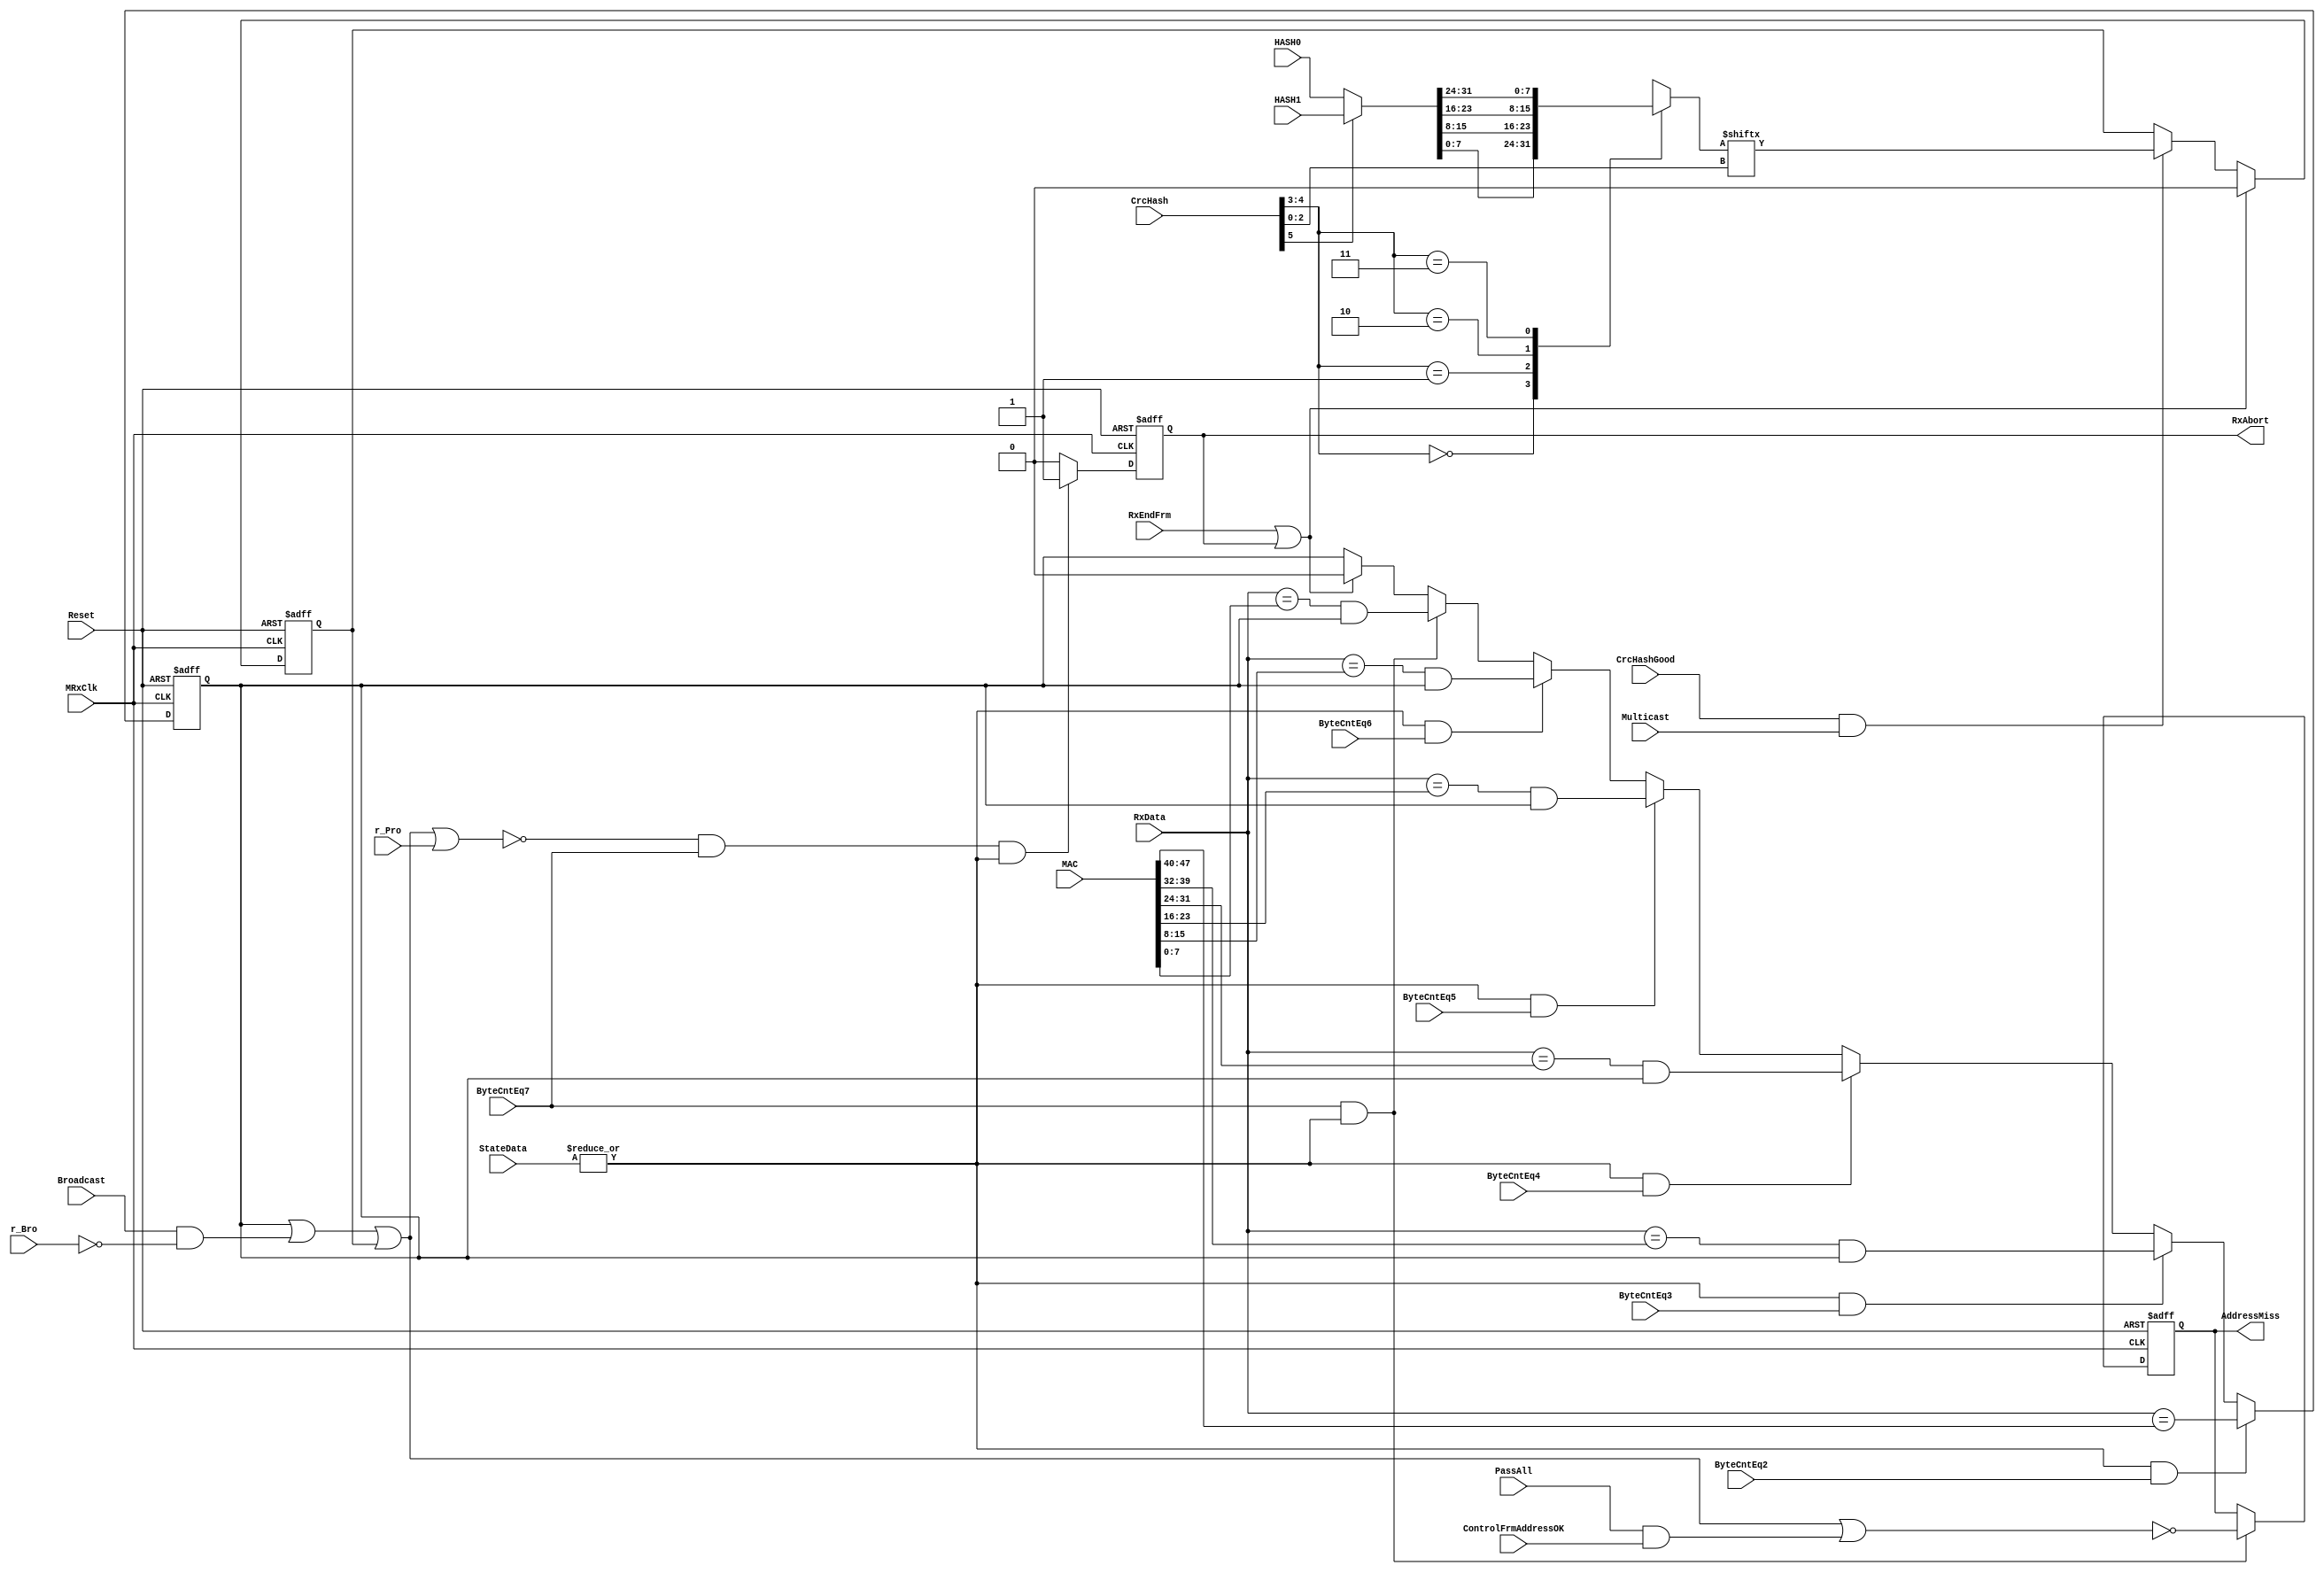
//////////////////////////////////////////////////////////////////////
////                                                              ////
////  eth_rxaddrcheck.v                                           ////
////                                                              ////
////  This file is part of the Ethernet IP core project           ////
////  http://www.opencores.org/cores/ethmac/                      ////
////                                                              ////
////  Author(s):                                                  ////
////      - Bill Dittenhofer (billditt@aol.com)                   ////
////                                                              ////
////  All additional information is avaliable in the Readme.txt   ////
////  file.                                                       ////
////                                                              ////
//////////////////////////////////////////////////////////////////////
////                                                              ////
//// Copyright (C) 2001 Authors                                   ////
////                                                              ////
//// This source file may be used and distributed without         ////
//// restriction provided that this copyright statement is not    ////
//// removed from the file and that any derivative work contains  ////
//// the original copyright notice and the associated disclaimer. ////
////                                                              ////
//// This source file is free software; you can redistribute it   ////
//// and/or modify it under the terms of the GNU Lesser General   ////
//// Public License as published by the Free Software Foundation; ////
//// either version 2.1 of the License, or (at your option) any   ////
//// later version.                                               ////
////                                                              ////
//// This source is distributed in the hope that it will be       ////
//// useful, but WITHOUT ANY WARRANTY; without even the implied   ////
//// warranty of MERCHANTABILITY or FITNESS FOR A PARTICULAR      ////
//// PURPOSE.  See the GNU Lesser General Public License for more ////
//// details.                                                     ////
////                                                              ////
//// You should have received a copy of the GNU Lesser General    ////
//// Public License along with this source; if not, download it   ////
//// from http://www.opencores.org/lgpl.shtml                     ////
////                                                              ////
//////////////////////////////////////////////////////////////////////
//
// CVS Revision History
//
// $Log: eth_rxaddrcheck.v,v $
// Revision 1.9  2002/11/22 01:57:06  mohor
// Rx Flow control fixed. CF flag added to the RX buffer descriptor. RxAbort
// synchronized.
//
// Revision 1.8  2002/11/19 17:34:52  mohor
// AddressMiss status is connecting to the Rx BD. AddressMiss is identifying
// that a frame was received because of the promiscous mode.
//
// Revision 1.7  2002/09/04 18:41:06  mohor
// Bug when last byte of destination address was not checked fixed.
//
// Revision 1.6  2002/03/20 15:14:11  mohor
// When in promiscous mode some frames were not received correctly. Fixed.
//
// Revision 1.5  2002/03/02 21:06:32  mohor
// Log info was missing.
//
//
// Revision 1.1  2002/02/08 12:51:54  ditt
// Initial release of the ethernet addresscheck module.
//
//
//
//
//




module eth_rxaddrcheck(MRxClk,  Reset, RxData, Broadcast ,r_Bro ,r_Pro,
                       ByteCntEq2, ByteCntEq3, ByteCntEq4, ByteCntEq5,
                       ByteCntEq6, ByteCntEq7, HASH0, HASH1, 
                       CrcHash,    CrcHashGood, StateData, RxEndFrm,
                       Multicast, MAC, RxAbort, AddressMiss, PassAll,
                       ControlFrmAddressOK
                      );

parameter Tp = 1;

  input        MRxClk; 
  input        Reset; 
  input [7:0]  RxData; 
  input        Broadcast; 
  input        r_Bro; 
  input        r_Pro; 
  input        ByteCntEq2;
  input        ByteCntEq3;
  input        ByteCntEq4;
  input        ByteCntEq5;
  input        ByteCntEq6;
  input        ByteCntEq7;
  input [31:0] HASH0; 
  input [31:0] HASH1; 
  input [5:0]  CrcHash; 
  input        CrcHashGood; 
  input        Multicast; 
  input [47:0] MAC;
  input [1:0]  StateData;
  input        RxEndFrm;
  input        PassAll;
  input        ControlFrmAddressOK;
  
  output       RxAbort;
  output       AddressMiss;

 wire BroadcastOK;
 wire ByteCntEq2;
 wire ByteCntEq3;
 wire ByteCntEq4; 
 wire ByteCntEq5;
 wire RxAddressInvalid;
 wire RxCheckEn;
 wire HashBit;
 wire [31:0] IntHash;
 reg [7:0]  ByteHash;
 reg MulticastOK;
 reg UnicastOK;
 reg RxAbort;
 reg AddressMiss;
 
assign RxAddressInvalid = ~(UnicastOK | BroadcastOK | MulticastOK | r_Pro);
 
assign BroadcastOK = Broadcast & ~r_Bro;
 
assign RxCheckEn   = | StateData;
 
 // Address Error Reported at end of address cycle
 // RxAbort clears after one cycle
 
always @ (posedge MRxClk or posedge Reset)
begin
  if(Reset)
    RxAbort <= #Tp 1'b0;
  else if(RxAddressInvalid & ByteCntEq7 & RxCheckEn)
    RxAbort <= #Tp 1'b1;
  else
    RxAbort <= #Tp 1'b0;
end
 

// This ff holds the "Address Miss" information that is written to the RX BD status.
always @ (posedge MRxClk or posedge Reset)
begin
  if(Reset)
    AddressMiss <= #Tp 1'b0;
  else if(ByteCntEq7 & RxCheckEn)
    AddressMiss <= #Tp (~(UnicastOK | BroadcastOK | MulticastOK | (PassAll & ControlFrmAddressOK)));
end


// Hash Address Check, Multicast
always @ (posedge MRxClk or posedge Reset)
begin
  if(Reset)
    MulticastOK <= #Tp 1'b0;
  else if(RxEndFrm | RxAbort)
    MulticastOK <= #Tp 1'b0;
  else if(CrcHashGood & Multicast)
    MulticastOK <= #Tp HashBit;
end
 
 
// Address Detection (unicast)
// start with ByteCntEq2 due to delay of addres from RxData
always @ (posedge MRxClk or posedge Reset)
begin
  if(Reset)
    UnicastOK <= #Tp 1'b0;
  else
  if(RxCheckEn & ByteCntEq2)
    UnicastOK <= #Tp   RxData[7:0] == MAC[47:40];
  else
  if(RxCheckEn & ByteCntEq3)
    UnicastOK <= #Tp ( RxData[7:0] == MAC[39:32]) & UnicastOK;
  else
  if(RxCheckEn & ByteCntEq4)
    UnicastOK <= #Tp ( RxData[7:0] == MAC[31:24]) & UnicastOK;
  else
  if(RxCheckEn & ByteCntEq5)
    UnicastOK <= #Tp ( RxData[7:0] == MAC[23:16]) & UnicastOK;
  else
  if(RxCheckEn & ByteCntEq6)
    UnicastOK <= #Tp ( RxData[7:0] == MAC[15:8])  & UnicastOK;
  else
  if(RxCheckEn & ByteCntEq7)
    UnicastOK <= #Tp ( RxData[7:0] == MAC[7:0])   & UnicastOK;
  else
  if(RxEndFrm | RxAbort)
    UnicastOK <= #Tp 1'b0;
end
   
assign IntHash = (CrcHash[5])? HASH1 : HASH0;
  
always@(CrcHash or IntHash)
begin
  case(CrcHash[4:3])
    2'b00: ByteHash = IntHash[7:0];
    2'b01: ByteHash = IntHash[15:8];
    2'b10: ByteHash = IntHash[23:16];
    2'b11: ByteHash = IntHash[31:24];
  endcase
end
      
assign HashBit = ByteHash[CrcHash[2:0]];


endmodule